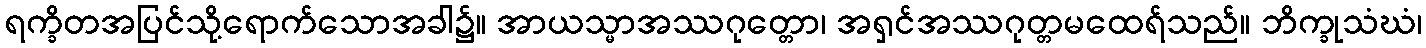
ရက္ခိတအပြင်သို့ရောက်သောအခါ၌။ အာယသ္မာအဿဂုတ္တော၊ အရှင်အဿဂုတ္တမထေရ်သည်။ ဘိက္ခုသံဃံ၊